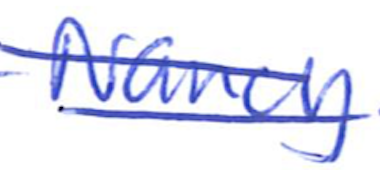
Text: Nancy
Cross-out: double-line
Writing tool: ballpoint